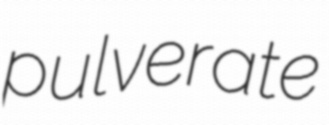
pulverate